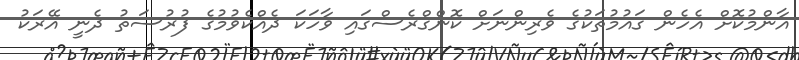
އާންމުކޮށް އެހެން ގައުމުތަކުގެ ވެރިންނަށް ކޮންގްރެސްގައި ވާހަކަ ދެއްކެވުމުގެ ފުރުސަތު ދެނީ އޭރަކު